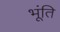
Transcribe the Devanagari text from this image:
भूंति